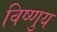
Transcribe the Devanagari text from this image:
विष्णुय